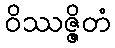
ဝိဿဇ္ဇိတံ